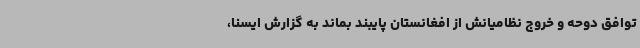
توافق دوحه و خروج نظامیانش از افغانستان پایبند بماند به گزارش ایسنا،